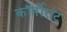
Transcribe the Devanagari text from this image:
कॉर्मोरांट